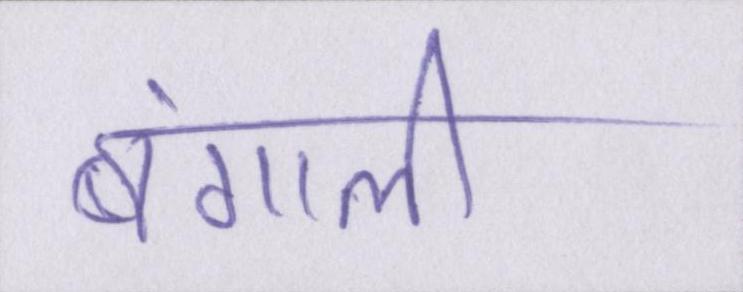
बंगाली